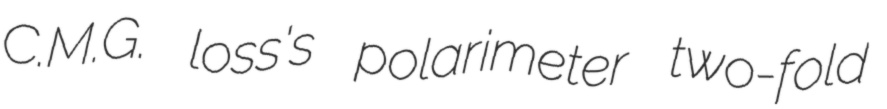
C.M.G. loss's polarimeter two-fold